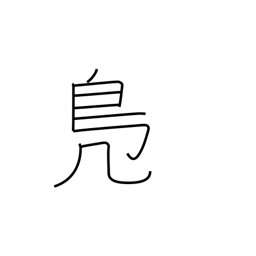
Meaning: wild duck